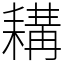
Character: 耩